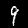
Digit: 9